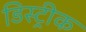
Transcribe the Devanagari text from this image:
डिस्ट्रीक